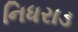
નિધરાડ